Annual vaccination report of Bihar and Orissa - 1911-1928
Year: 1911
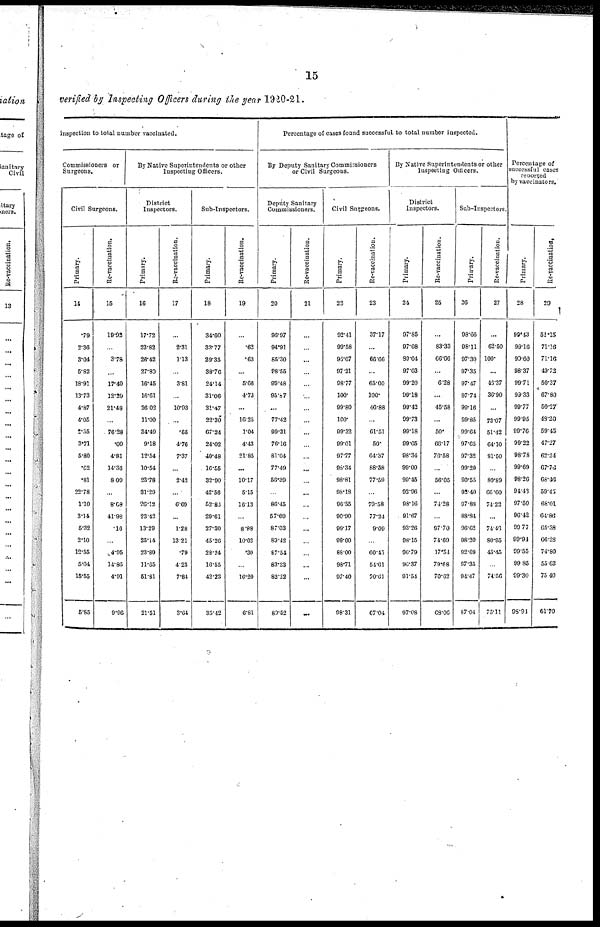
15
verified by Inspecting Officers during the year 1920-21.
inspection to total number vaccinated.
Commissioners or
Surgeons.
Civil Surgeons.
Primary.
14
.79
2.36
3.04
5.82
18.91
13.73
4.87
4.05
2.35
3.71
5.80
.62
.81
22.78
1.10
3.14
5.32
2.10
12.55
5.04
15.55
5.85
Re-vaccination.
15
19.92
...
3.78
...
17.40
12.29
21.48
...
76.28
.09
4.81
14.36
8.09
...
8.08
41.98
.16
...
4.95
14.86
4.91
9.96
By Native Superintendents or other
Inspecting Officers.
District
Inspectors.
Primary.
16
17.72
23.82
26.42
27.80
16.45
16.61
26.02
11.00
34.49
9.18
12.54
10.54
23.78
31.29
26.12
23.42
13.29
25.14
23.80
11.65
51.81
21.51
Re-vaccination.
17
...
2.31
1.13
...
3.81
...
10.93
...
.65
4.76
7.37
...
2.42
...
6.69
...
1.28
13.21
.79
4.23
7.84
3.64
Sub-Inspectors.
Primary.
18
34.60
33.77
29.35
38.76
24.14
31.06
31.47
22.30
67.24
24.02
40.48
16.55
32.90
42.56
52.86
29.61
27.30
45.26
28.24
16.55
42.23
35.42
Re-vaccination.
19
...
.62
.63
...
5.66
4.73
...
16.25
1.04
4.43
21.85
...
10.17
5.15
16.13
...
8.88
10.02
.30
...
16.20
6.81
Percentage of cases found successful to total number inspected.
By Deputy Sanitary Commissioners
or Civil Surgeons.
Deputy Sanitary
Commissioners.
Primary.
20
98.97
94.91
85.30
98.55
99.48
95.87
...
77.42
99.31
76.16
81.04
77.49
56.39
...
86.45
57.69
87.03
89.42
87.54
83.33
82.22
80.52
Re-vaccination.
21
...
...
...
...
...
...
...
...
...
...
...
...
...
...
...
...
...
...
...
...
...
...
Civil Surgeons.
Primary.
22
92.41
99.58
96.07
97.21
98.77
100.
99.80
100.
99.32
99.01
97.77
98.34
98.81
98.18
96.55
90.90
99.17
99.60
88.00
98.71
97.40
98.31
Re-vaccination.
23
37.17
...
66.66
...
65.00
100.
46.88
...
61.51
50.
64.37
88.58
77.59
...
79.58
77.24
9.09
...
60.45
54.61
70.61
67.04
By Native Superintendents or other
Inspecting Officers.
District
Inspectors.
Primary.
24
97.85
97.08
89.04
97.03
99.20
99.18
99.42
99.73
99.18
99.05
98.34
99.00
99.45
92.96
98.16
91.67
93.26
98.15
96.79
96.37
91.54
97.08
Re-vaccination.
25
. ..
83.33
66.66
...
6.28
...
45.58
...
50.
66.17
76.58
...
56.05
...
74.28
...
97.70
74.69
17.54
79.68
70.62
68.06
Sub-Inspectors.
Primary.
26
98.05
98.11
97.30
97.35
97.47
97.74
99.16
99.85
99.64
97.65
97.32
99.20
90.55
92.40
97.88
88.84
96.62
98.20
92.09
97.35
94.47
87.04
Re-vaccination.
27
...
62.50
100.
...
46.37
36.90
...
73.07
51.42
64.10
81.50
...
80.89
66.60
74.22
...
74.46
80.95
45.45
...
74.56
75.11
Percentage of
successful cases
recorted
by vaccinators.
Primary.
28
99.43
99.16
90.60
98.37
99.71
99.33
99.77
99.95
99.76
99.22
98.78
99.69
98.26
94.43
97.50
96.42
99.77
99.94
99.55
99.85
99.30
98.94
Re-vaccination.
29
52.15
71.16
71.16
49.72
50.37
67.80
50.27
48.20
59.45
47.27
62.24
67.76
68.46
59.45
68.01
64.86
65.38
66.28
74.80
55.63
75.40
61.70